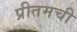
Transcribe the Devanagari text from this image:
प्रीतमची